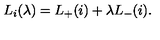
L _ { i } ( \lambda ) = L _ { + } ( i ) + \lambda L _ { - } ( i ) .